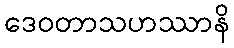
ဒေဝတာသဟဿာနိ